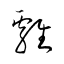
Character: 雞